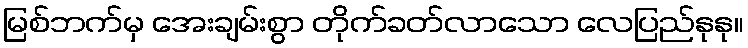
မြစ်ဘက်မှ အေးချမ်းစွာ တိုက်ခတ်လာသော လေပြည်နုနု။